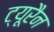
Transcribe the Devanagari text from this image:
ट्यूरैन